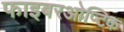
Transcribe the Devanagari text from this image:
फाइबरओप्टिक